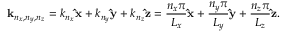
\mathbf { k } _ { n _ { x } , n _ { y } , n _ { z } } = k _ { n _ { x } } \mathbf { \hat { x } } + k _ { n _ { y } } \mathbf { \hat { y } } + k _ { n _ { z } } \mathbf { \hat { z } } = { \frac { n _ { x } \pi } { L _ { x } } } \mathbf { \hat { x } } + { \frac { n _ { y } \pi } { L _ { y } } } \mathbf { \hat { y } } + { \frac { n _ { z } \pi } { L _ { z } } } \mathbf { \hat { z } } .